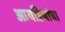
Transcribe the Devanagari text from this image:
आयडियांचा